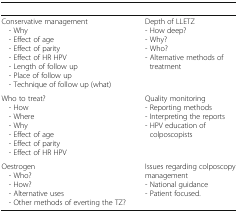
<table><thead><tr><td colspan="2">[EMPTY_CELL]</td></tr></thead><tbody><tr><td>Conservative management - Why - Effect of age - Effect of parity - Effect of HR HPV - Length of follow up - Place of follow up - Technique of follow up (what)</td><td>Depth of LLETZ- How deep?- Why?- Who?- Alternative methods of treatment</td></tr><tr><td>Who to treat? - How - Where - Why - Effect of age - Effect of parity - Effect of HR HPV</td><td>Quality monitoring- Reporting methods- Interpreting the reports- HPV education of colposcopists</td></tr><tr><td>Oestrogen - Who? - How? - Alternative uses - Other methods of everting the TZ?</td><td>Issues regarding colposcopy management- National guidance- Patient focused.</td></tr></tbody></table>